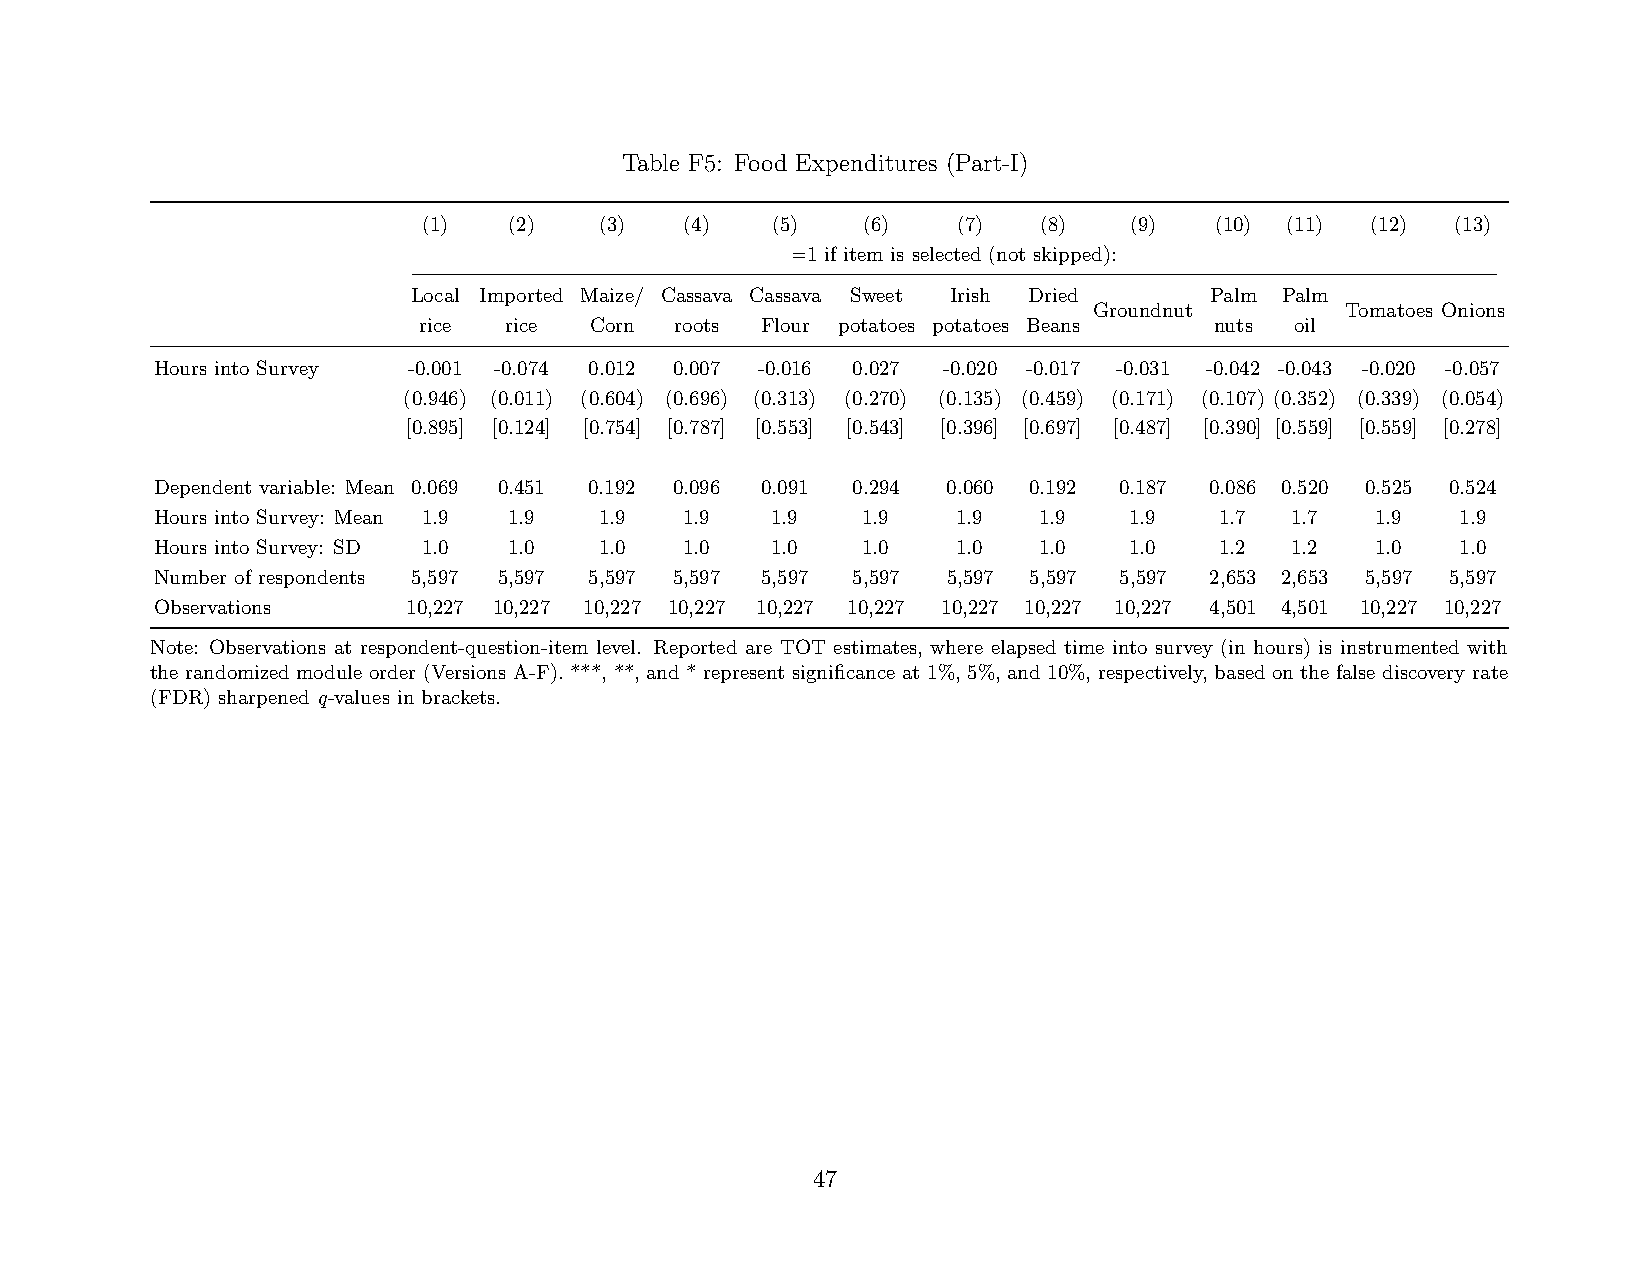
Table F5: Food Expenditures (Part-I)
 (1)   (2)   (3)  (4)   (5)   (6)   (7)   (8)   (9)  (10) (11)  (12) (13)
 =1 if item is selected (not skipped):
 Local Imported Maize/ Cassava Cassava Sweet Irish Dried Palm Palm
 Groundnut        Tomatoes Onions
 rice rice  Corn  roots Flour potatoes potatoes Beans nuts oil
 Hours into Survey -0.001 -0.074 0.012 0.007 -0.016 0.027 -0.020 -0.017 -0.031 -0.042 -0.043 -0.020 -0.057
 (0.946) (0.011) (0.604) (0.696) (0.313) (0.270) (0.135) (0.459) (0.171) (0.107) (0.352) (0.339) (0.054)
 [0.895] [0.124] [0.754] [0.787] [0.553] [0.543] [0.396] [0.697] [0.487] [0.390] [0.559] [0.559] [0.278]
 Dependent variable: Mean 0.069 0.451 0.192 0.096 0.091 0.294 0.060 0.192 0.187 0.086 0.520 0.525 0.524
 Hours into Survey: Mean 1.9 1.9 1.9 1.9  1.9   1.9   1.9   1.9   1.9   1.7 1.7   1.9   1.9
 Hours into Survey: SD 1.0 1.0 1.0  1.0   1.0   1.0   1.0   1.0   1.0   1.2 1.2   1.0   1.0
 Number of respondents 5,597 5,597 5,597 5,597 5,597 5,597 5,597 5,597 5,597 2,653 2,653 5,597 5,597
 Observations     10,227 10,227 10,227 10,227 10,227 10,227 10,227 10,227 10,227 4,501 4,501 10,227 10,227
 Note: Observations at respondent-question-item level. Reported are TOT estimates, where elapsed time into survey (in hours) is instrumented with
 the randomized module order (Versions A-F). ***, **, and * represent significance at 1%, 5%, and 10%, respectively, based on the false discovery rate
 (FDR) sharpened q-values in brackets.
 47